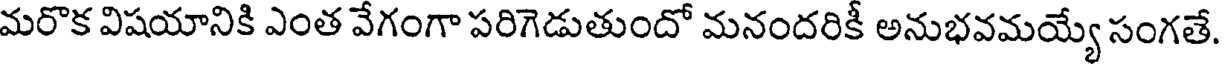
మరొక విషయానికి ఎంత వేగంగా పరిగెడుతుందో మనందరికీ అనుభవమయ్యే సంగతే